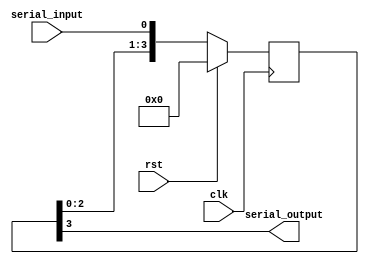
module siso(clk,rst,serial_input,serial_output);
input clk,rst,serial_input;
output  serial_output;
reg [3:0]w;
always@(posedge clk)
begin
  if(rst)
   begin
   w<=4'b0000;
   end
  else
   begin
   w<={w[2:0],serial_input};
   end
end
assign serial_output = w[3];
endmodule